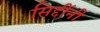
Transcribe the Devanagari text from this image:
सिद्दींनी